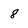
Character: 8